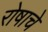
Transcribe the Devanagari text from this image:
रोषाचे